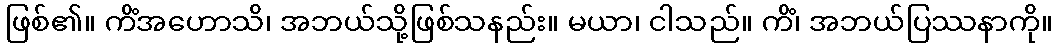
ဖြစ်၏။ ကိံအဟောသိ၊ အဘယ်သို့ဖြစ်သနည်း။ မယာ၊ ငါသည်။ ကိံ၊ အဘယ်ပြဿနာကို။